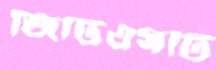
জিটিএসটি